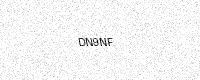
Text: DN9NF